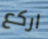
اركع